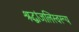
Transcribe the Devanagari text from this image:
श्रद्धांजलिस्वरूप